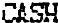
CASH